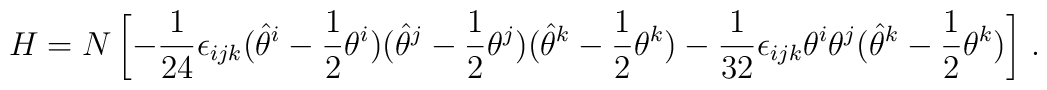
H = N \left[ -\frac{1}{24}\epsilon_{ijk} (\hat \theta^i - \frac{1}{2}\theta^i)(\hat \theta^j - \frac{1}{2}\theta^j)(\hat \theta^k - \frac{1}{2}\theta^k) - \frac{1}{32}\epsilon_{ijk} \theta^i \theta^j (\hat \theta^k - \frac{1}{2}\theta^k) \right]\,.